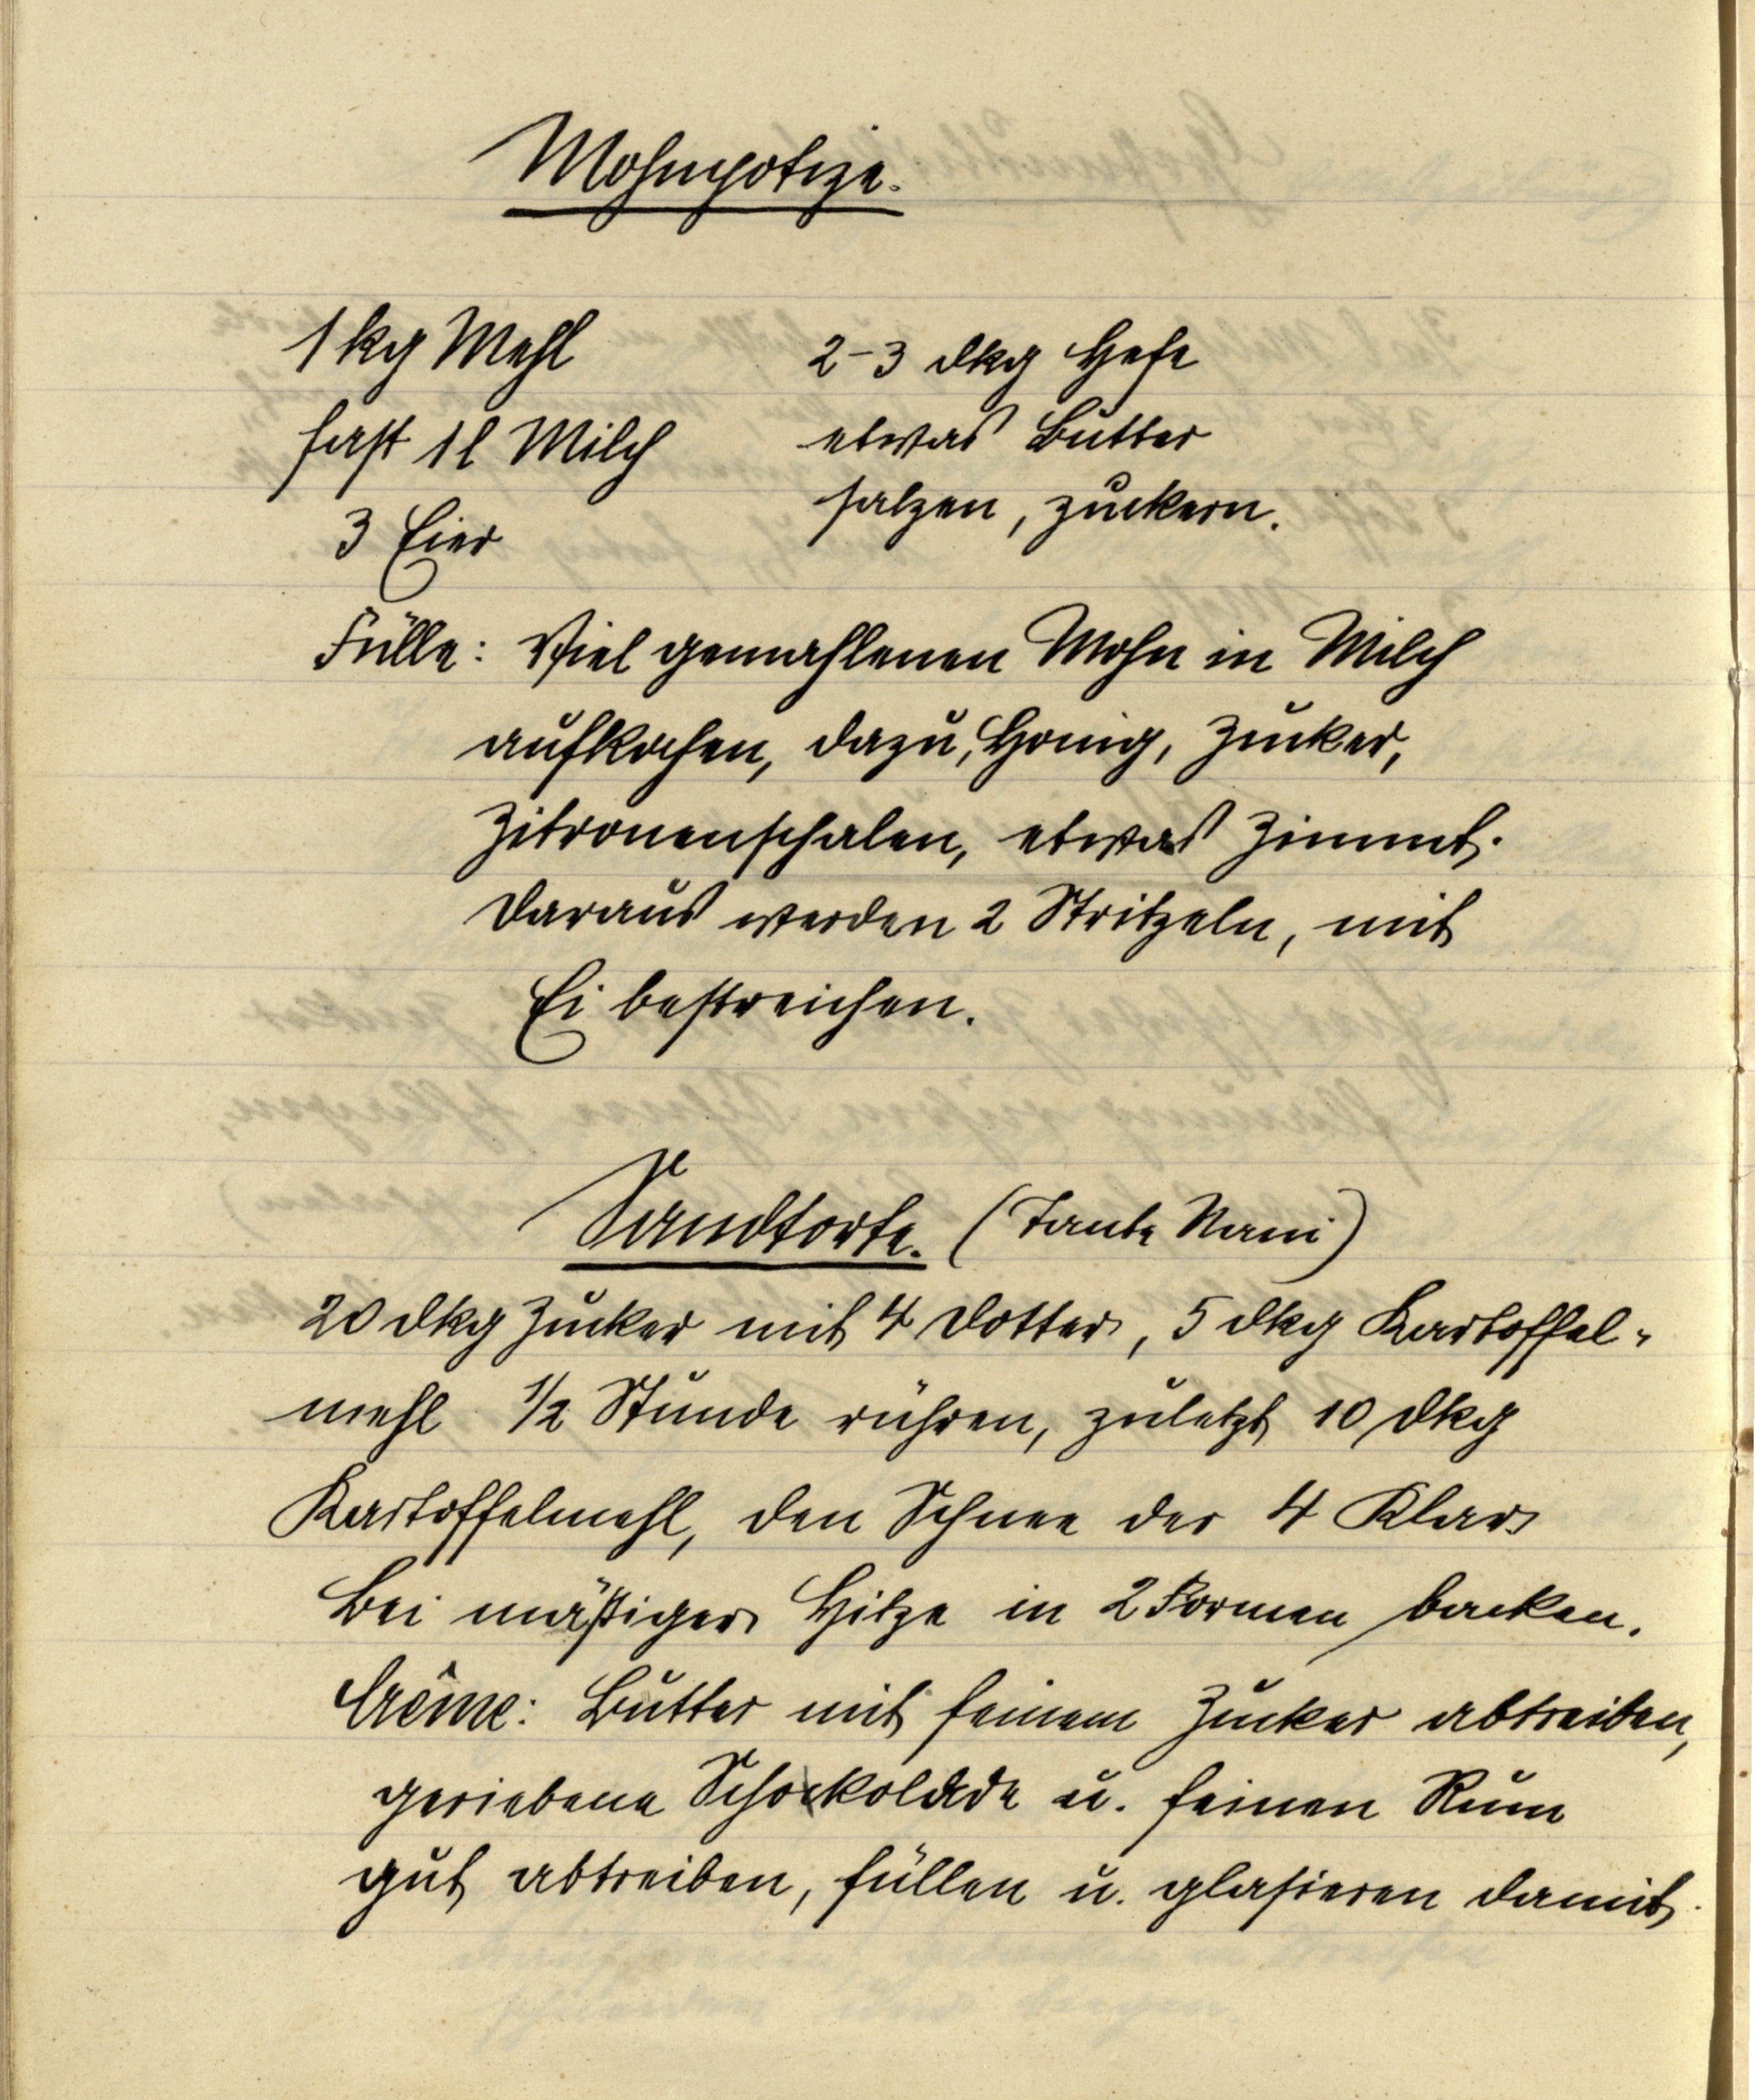
Mohnpotize.

1 kg Mehl
fast 1 l Milch
3 Eier

2-3 dkg Hefe
etwas Butter
salzen, zuckern.

Fülle: Viel gemahlenen Mohn in Milch
aufkochen, dazu, Honig, Zucker,
Zitronenschalen, etwas Zimmt.
Daraus werden 2 Stritzeln, mit
Ei bestreichen.

Sandtorte. (Tante Nani)
20 dkg Zucker mit 4 Dotter, 5 dkg Kartoffel¬
mehl ½ Stunde rühren, zuletzt 10 dkg
Kartoffelmehl, den Schnee der 4 Klar
Bei mäßiger Hitze in 2 Formen backen.
Crême: Butter mit feinem Zucker abtreiben,
geriebene Schockolade u. feinen Rum
gut abtreiben, füllen u. glasieren damit.